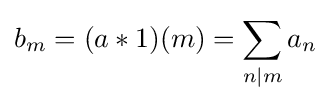
b_{m}=(a*1)(m)=\sum _{n\mid m}a_{n}